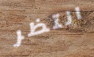
انتظر